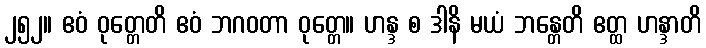
၂၅၂။ ဧဝံ ဝုတ္တေတိ ဧဝံ ဘဂဝတာ ဝုတ္တေ။ ဟန္ဒ စ ဒါနိ မယံ ဘန္တေတိ ဧတ္ထ ဟန္ဒာတိ